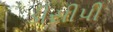
ડીસીપી